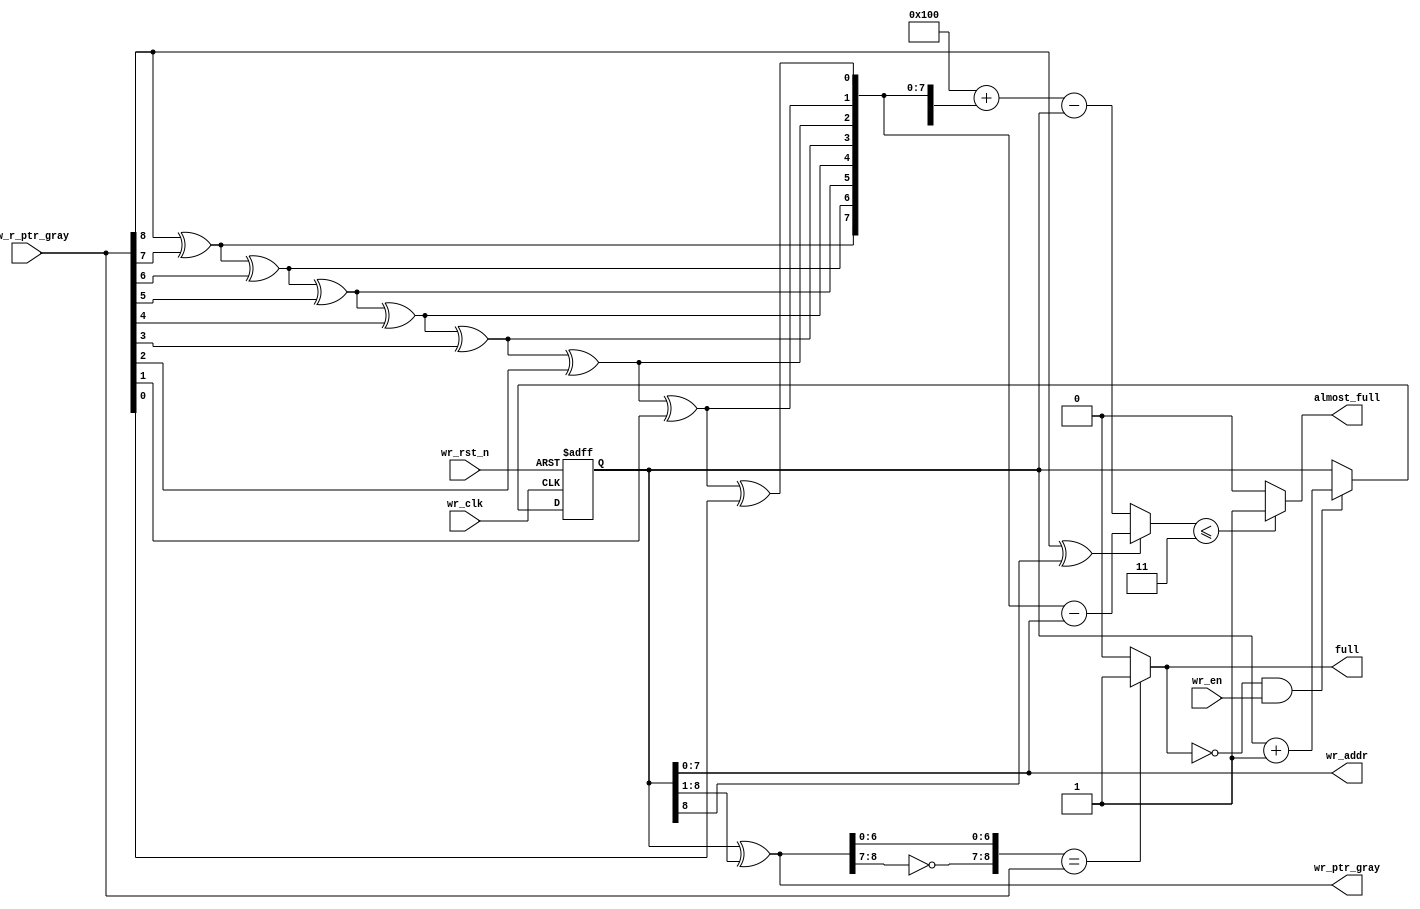
`timescale 1ns / 1ps
//////////////////////////////////////////////////////////////////////////////////
// Company: 
// Engineer: 
// 
// Design Name: 
// Module Name: wr_full
// Project Name: 
// Target Devices: 
// Tool Versions: 
// Description: 
// 
// Dependencies: 
// 
// Revision:
// Revision 0.01 - File Created
// Additional Comments:
// 
//////////////////////////////////////////////////////////////////////////////////


module wr_full #(
    parameter   DATA_WIDTH = 16,
    parameter   PTR_WIDTH  = 8,
    parameter   ALMOST_FULL_GAP = 3
)
(
    input wr_clk,
    input wr_rst_n,
    input wr_en,
    input [PTR_WIDTH:0] r2w_r_ptr_gray,

    output full,
    output [PTR_WIDTH-1:0] wr_addr,
    output [PTR_WIDTH:0] wr_ptr_gray,
    output wire almost_full
);
    localparam DATA_DEPTH = 1 << PTR_WIDTH;//1PTR_WIDTH2PTR_WIDTH
    reg [PTR_WIDTH:0] wr_ptr;
    wire [PTR_WIDTH:0] wr_almost_ptr;
    wire [PTR_WIDTH:0] wr_almost_val;
    
    //fifo_mem
    assign wr_addr = wr_ptr[PTR_WIDTH-1:0];
    //
    assign wr_ptr_gray = wr_ptr ^ (wr_ptr >> 1);
    //full, full
    assign full = ({~wr_ptr_gray[PTR_WIDTH:PTR_WIDTH-1],wr_ptr_gray[PTR_WIDTH-2:0]} == 
                       {r2w_r_ptr_gray[PTR_WIDTH:PTR_WIDTH-1],r2w_r_ptr_gray[PTR_WIDTH-2:0]}) ? 1'b1:1'b0;
    //
    assign wr_almost_ptr[PTR_WIDTH] = r2w_r_ptr_gray[PTR_WIDTH];
    genvar i;
    generate
        for (i=PTR_WIDTH-1;i>=0;i=i-1) begin:wrgray2bin  // <-- example block name
            assign wr_almost_ptr[i] = wr_almost_ptr[i+1] ^ r2w_r_ptr_gray[i];
        end
    endgenerate
    
    //DATA_DEPTH
    assign wr_almost_val = (wr_almost_ptr[PTR_WIDTH] ^ wr_ptr[PTR_WIDTH]) ? wr_almost_ptr[PTR_WIDTH-1:0] - wr_ptr[PTR_WIDTH-1:0] : DATA_DEPTH + wr_almost_ptr - wr_ptr;
    
    //
    assign almost_full = (wr_almost_val <= ALMOST_FULL_GAP) ? 1'b1 : 1'b0;
    //
    always@(posedge wr_clk or negedge wr_rst_n)
        if (!wr_rst_n)begin
            wr_ptr <= 'b0;
            end
        else if (~full && wr_en)begin
            wr_ptr <= wr_ptr + 1'b1;
            end
            
    endmodule